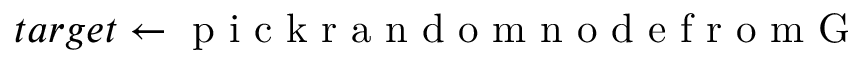
t a r g e t \gets \mathrm { ~ p ~ i ~ c ~ k ~ r ~ a ~ n ~ d ~ o ~ m ~ n ~ o ~ d ~ e ~ f ~ r ~ o ~ m ~ G ~ }